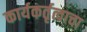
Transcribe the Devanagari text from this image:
कार्यकर्तृत्वाचा